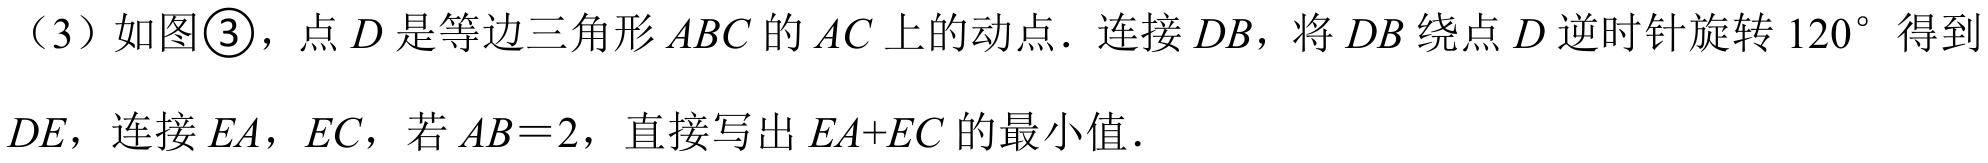
（3）如图\textcircled{3}，点\(D\)是等边三角形\(ABC\)的\(AC\)上的动点．连接\(DB\)，将\(DB\)绕点\(D\)逆时针旋转\(120^{\circ}\)得到\(DE\)，连接\(EA\)，\(EC\)，若\(AB = 2\)，直接写出\(EA + EC\)的最小值．